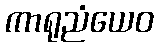
ကာရုညံယေဝ